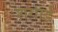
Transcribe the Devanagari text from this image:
शगाई